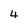
Character: 4